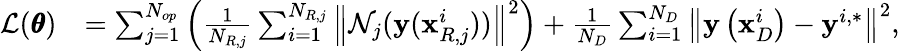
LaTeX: \begin{array}{rl}{\mathcal{L}(\pmb{\theta})}&{=\sum_{j=1}^{N_{op}}{\left(\frac{1}{N_{R,j}}\sum_{i=1}^{N_{R,j}}{\left\| \mathcal{N}_{j}(\mathbf{y}(\mathbf{x}_{R,j}^{i}))\right\| ^{2}}\right)}+\frac{1}{N_{D}}\sum_{i=1}^{N_{D}}{\left\| \mathbf{y}\left(\mathbf{x}_{D}^{i}\right)-\mathbf{y}^{i,*}\right\| ^{2}}}\end{array},